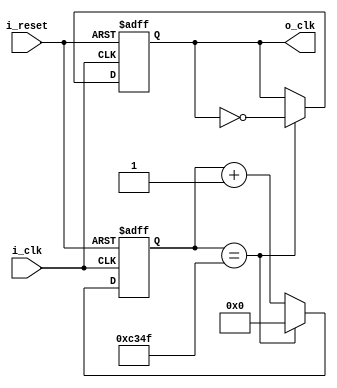
`timescale 1ns / 1ps

module clock_divider(
    input i_clk,
    input i_reset,

    output o_clk
    );
    // 100_000_000(sysyem clock)/2 -1
    
    reg r_clk = 0;
    reg [31:0] r_counter = 0;

    assign o_clk = r_clk;

    always @(posedge i_clk or posedge i_reset) begin
        if(i_reset)begin
            r_clk <= 0;
            r_counter <= 0;
        end
        else begin
            if(r_counter == 50_000 - 1) begin
                r_counter <= 0;
                r_clk <= ~r_clk;
            end
            else begin
                r_counter <= r_counter + 1;
            end
        end
    end


endmodule